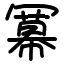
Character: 冪